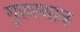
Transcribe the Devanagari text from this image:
गुरुस्थान